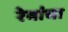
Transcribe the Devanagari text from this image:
रेवांचा